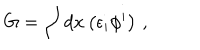
LaTeX: G = \int d x \left( \epsilon _ { i } \phi ^ { i } \right) \, ,